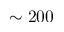
\sim 2 0 0